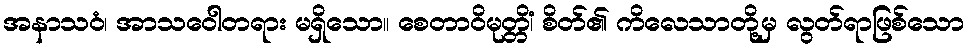
အနာသဝံ၊ အာသဝေါတရား မရှိသော။ စေတာဝိမုတ္တိံ၊ စိတ်၏ ကိလေသာတို့မှ လွတ်ရာဖြစ်သော